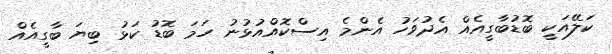
ކަލޭއަކީ ބޮޑުބާގީއެއް އެދުވަހު އެންމެ އިސްކޮއްއުޅުނު ހަމަ ބޮޑު ކަޅު ބިޔަ ބާގީއެއް